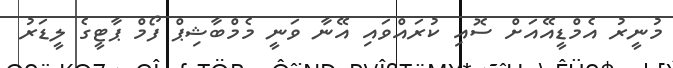
މުނީރު އެމްޑީއޭއަށް ސޮއި ކުރައްވައި އޭނާ ވަނީ މެމްބާޝިޕް ފޯމް ޕާޓީގެ ލީޑަރު